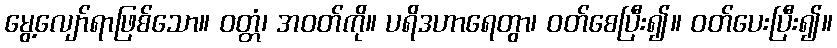
မွေ့လျော်ရာဖြစ်သော။ ဝတ္တံ၊ အဝတ်ကို။ ပရိဒဟာရေတွာ၊ ဝတ်စေပြီး၍။ ဝတ်ပေးပြီး၍။